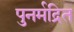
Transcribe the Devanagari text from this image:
पुनर्मद्रित